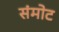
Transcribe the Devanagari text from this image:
संमोट